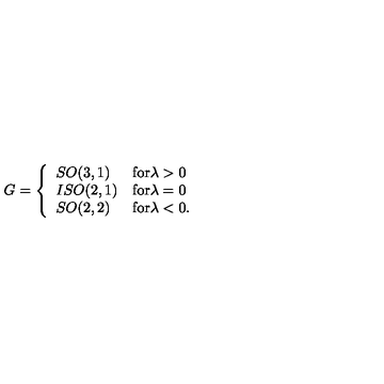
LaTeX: G = \left\{ \begin{array} { l l } { S O ( 3 , 1 ) } & { \mathrm { f o r \lambda > 0 } } \\ { I S O ( 2 , 1 ) } & { \mathrm { f o r \lambda = 0 } } \\ { S O ( 2 , 2 ) } & { \mathrm { f o r \lambda < 0 . } } \\ \end{array} \right.